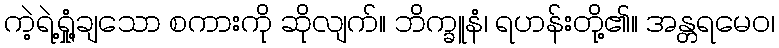
ကဲ့ရဲ့ရှုံ့ချသော စကားကို ဆိုလျက်။ ဘိက္ခူနံ၊ ရဟန်းတို့၏။ အန္တရမေဝ၊